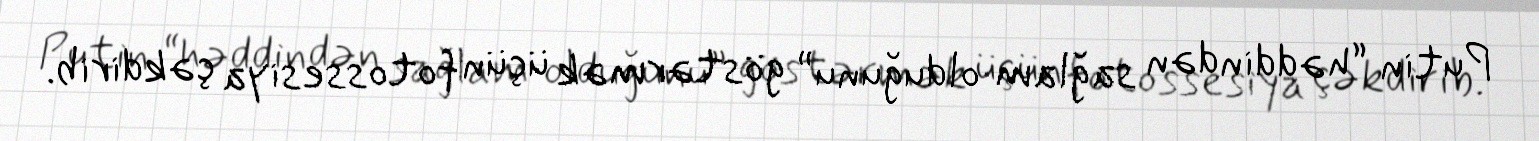
Putin “həddindən sağlam olduğunu” göstərmək üçün fotossesiya çəkdirib.